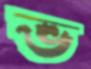
ভ